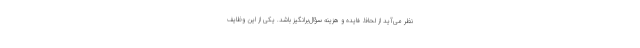
نظر می‌آید از لحاظ فایده و هزینه سؤال‌برانگیز باشد. یکی از این وظایفْ